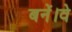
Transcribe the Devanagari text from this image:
बनें।वे